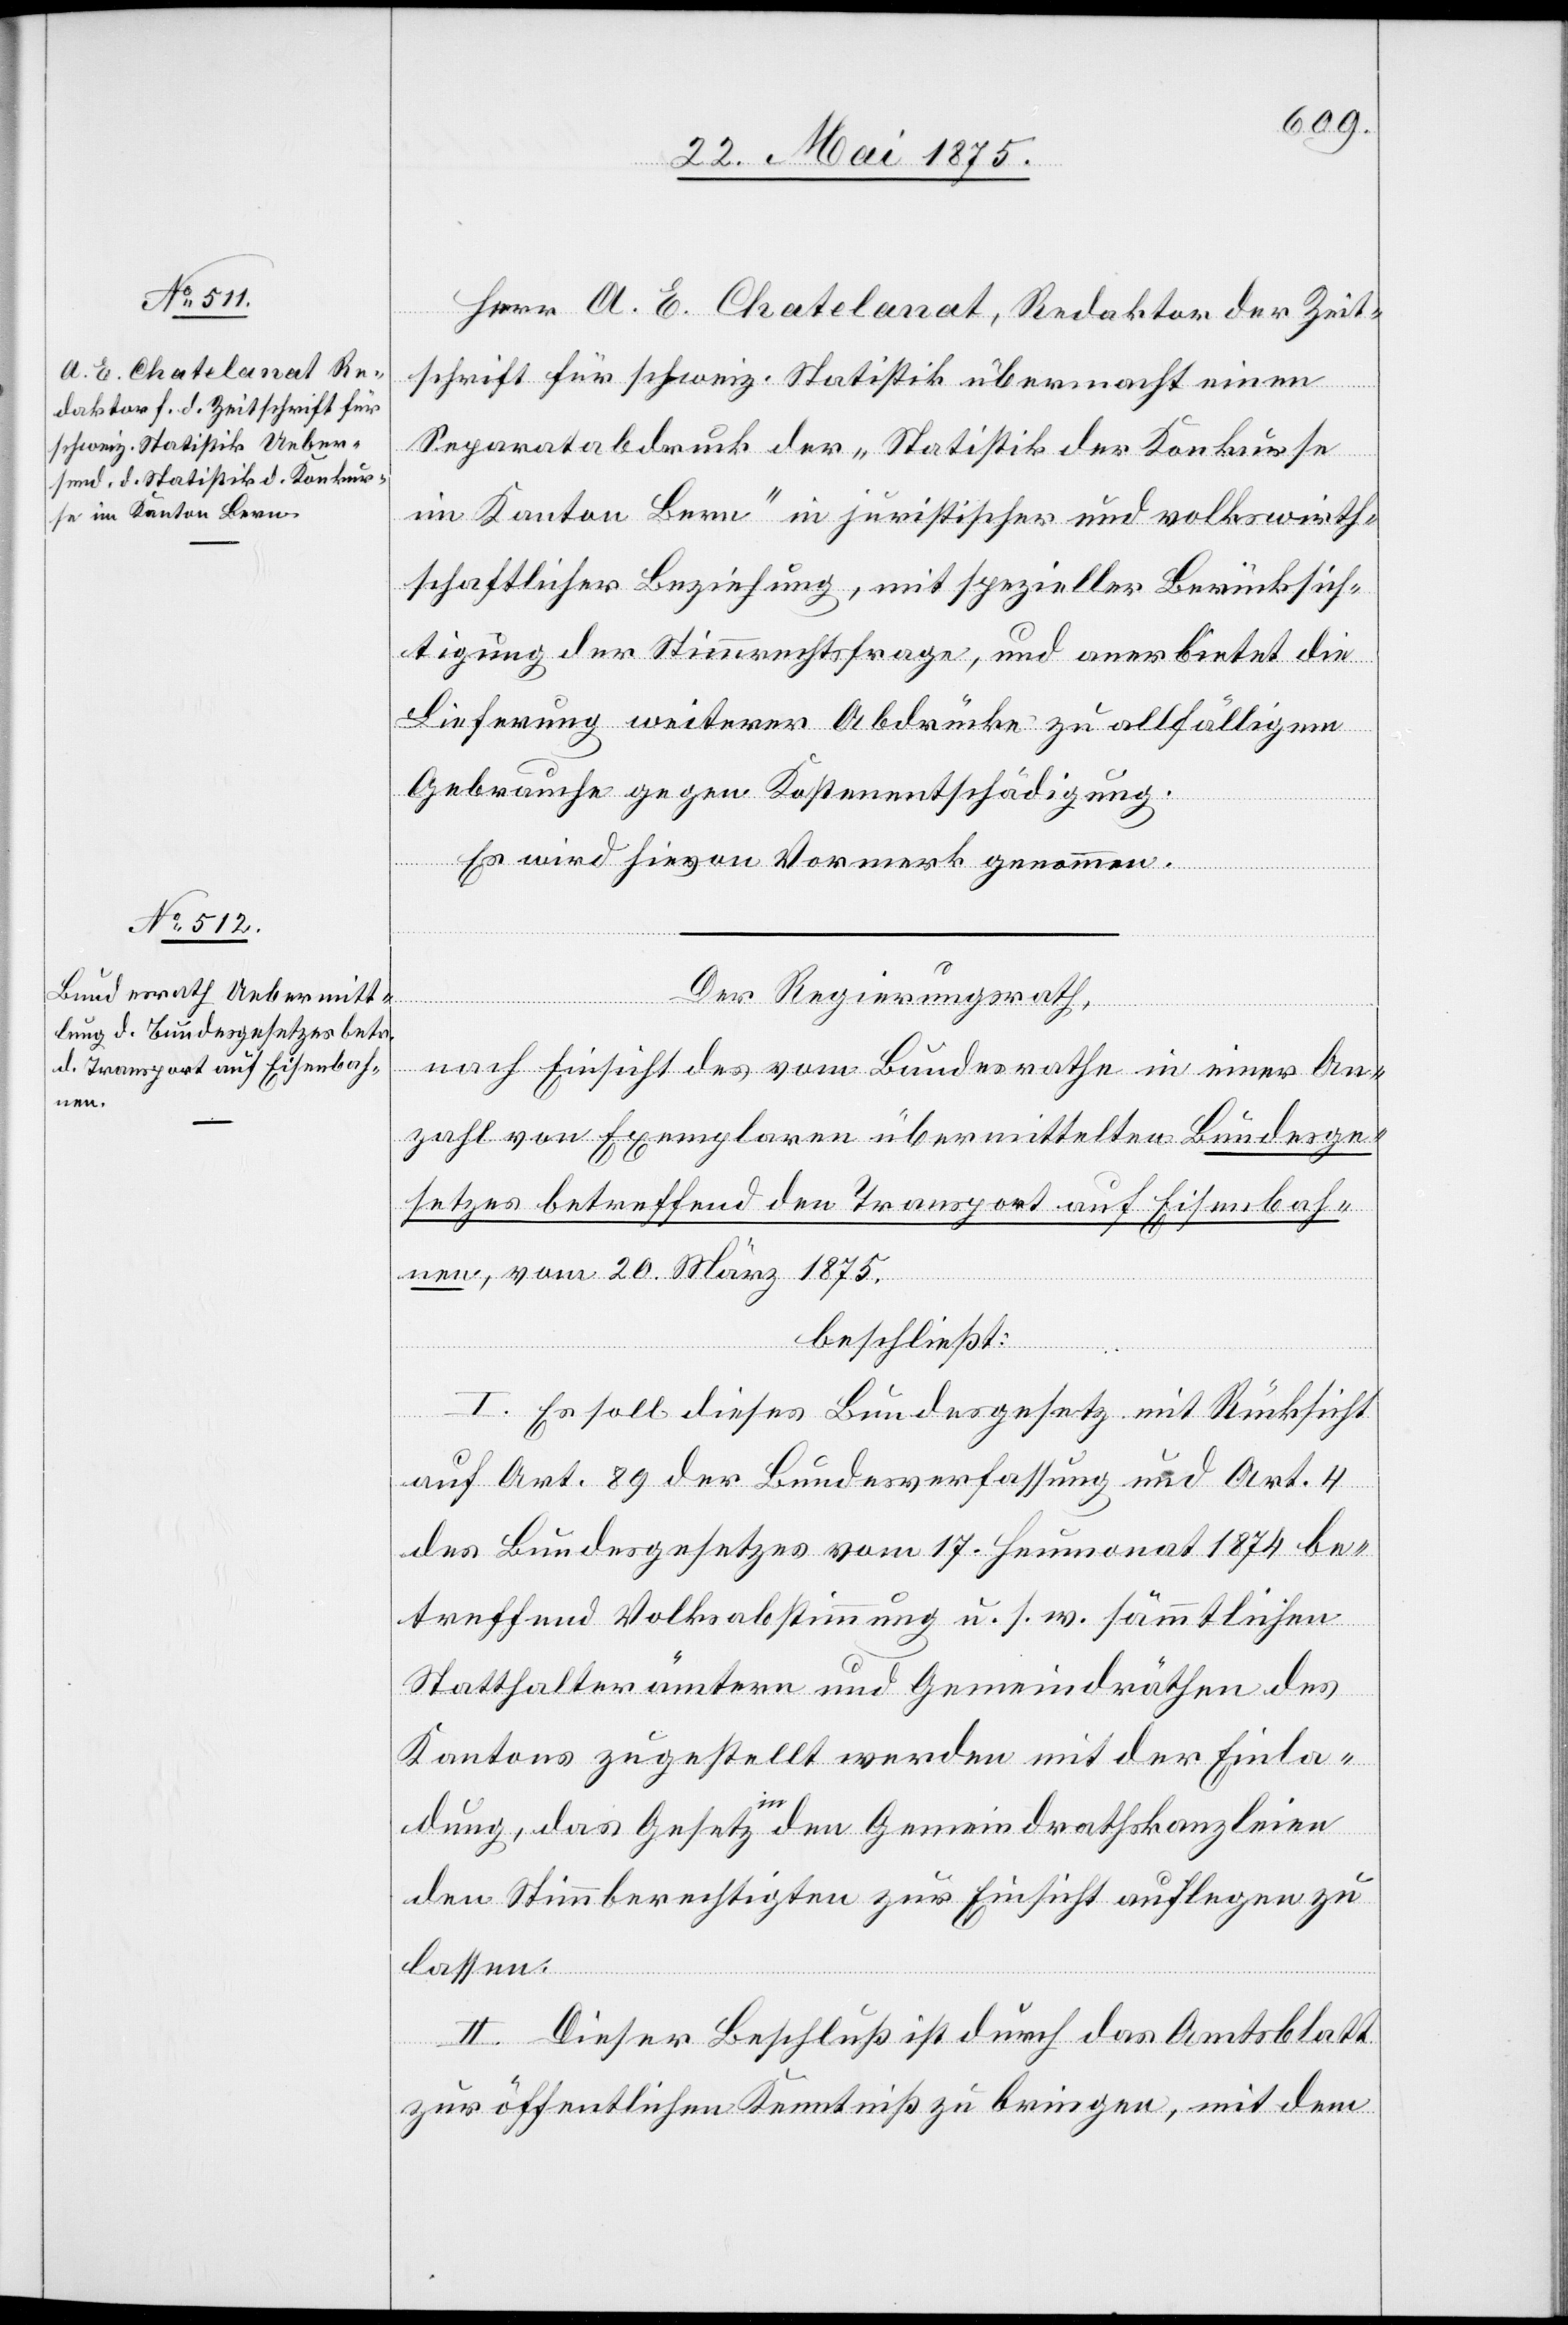
Herr A. E. Chatelanat, Reaktor der Zeit¬
schrift für schweiz. Statistik übermacht einen
Separatabdruck der „Statistik der Konkurse
im Kanton Bern“ in juristischer und volkswirth¬
schaftlicher Beziehung, mit spezieller Berücksich¬
tigung der Stimmrechtsfrage, und anerbietet die
Lieferung weiterer Abdrücke zu allfälligem
Gebrauche gegen Kostenentschädigung.
Es wird hievon Vormerk genommen.
Der Regierungsrath,
nach Einsicht des vom Bundesrathe in einer An¬
zahl von Exemplaren übermittelten Bundesge¬
setzes betreffend den Transport auf Eisenbah¬
nen, vom 20. März 1875,
beschließt:
I. Es soll dieses Bundesgesetz mit Rücksicht
auf Art. 89 der Bundesverfassung und Art. 4
des Bundesgesetzes vom 17. Heumonat 1874 be¬
treffend Volksabstimmung u. s. w. sämmtlichen
Statthalterämtern und Gemeindräthen des
Kantons zugestellt werden mit der Einla¬
dung, das Gesetz in den Gemeindrathskanzleien
den Stimmberechtigen zur Einsicht auflegen zu
lassen.
II. Dieser Beschluß ist durch das Amtsblatt
zur öffentlichen Kenntniß zu bringen, mit dem